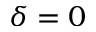
\delta = 0